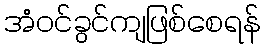
အံဝင်ခွင်ကျဖြစ်စေရန်